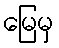
မြေမှ